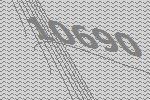
10690